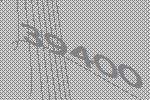
39400